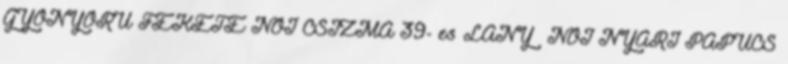
GYÖNYÖRŰ FEKETE NŐI CSIZMA 39- es LÁNY NŐI NYÁRI PAPUCS